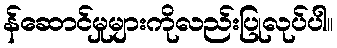
န်ဆောင်မှုများကိုလည်းပြုလုပ်ပါ။